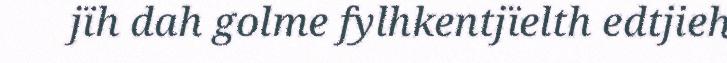
jïh dah golme fylhkentjïelth edtjieh